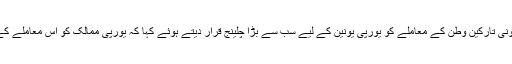
جرمن چانسلر نے غیر قانونی تارکین وطن کے معاملے کو یورپی یونین کے لیے سب سے بڑا چلینج قرار دیتے ہوئے کہا کہ یورپی ممالک کو اس معاملے کے لیے متحدہ ہونا پڑے گا۔